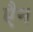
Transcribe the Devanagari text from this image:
एैन